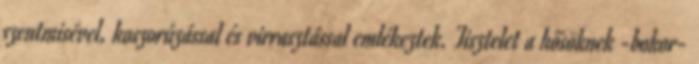
szentmisével, koszorúzással és virrasztással emlékeztek. Tisztelet a hősöknek -bokor-